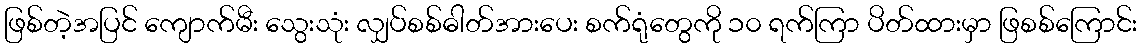
ဖြစ်တဲ့အပြင် ကျောက်မီး သွေးသုံး လျှပ်စစ်ဓါတ်အားပေး စက်ရုံတွေကို ၁၀ ရက်ကြာ ပိတ်ထားမှာ ဖြစစ်ကြောင်း